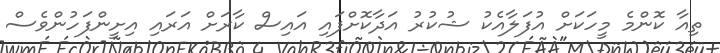
ތިއާ ކޮންމެ މީހަކަށް އުފަލާއެކު ޝުކުރު އަދާކޮށްފައި އައިސް ކާރަށް އަރައި އިށީންފަހުންވެސް